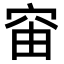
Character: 𥥉